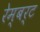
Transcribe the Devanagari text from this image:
रेम्बर्ट